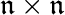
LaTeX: \mathfrak{n}\times\mathfrak{n}